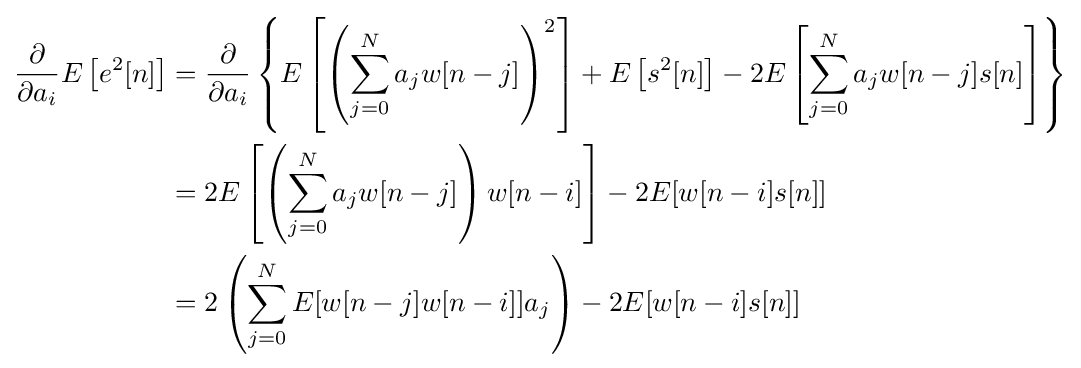
{\begin{aligned}{\frac {\partial }{\partial a_{i}}}E\left[e^{2}[n]\right]&={\frac {\partial }{\partial a_{i}}}\left\{E\left[\left(\sum _{j=0}^{N}a_{j}w[n-j]\right)^{2}\right]+E\left[s^{2}[n]\right]-2E\left[\sum _{j=0}^{N}a_{j}w[n-j]s[n]\right]\right\}\\&=2E\left[\left(\sum _{j=0}^{N}a_{j}w[n-j]\right)w[n-i]\right]-2E[w[n-i]s[n]]\\&=2\left(\sum _{j=0}^{N}E[w[n-j]w[n-i]]a_{j}\right)-2E[w[n-i]s[n]]\end{aligned}}